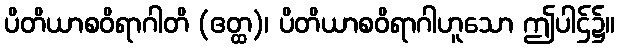
ပိတိယာစဝိရာဂါတိ (ဧတ္ထ)၊ ပိတိယာစဝိရာဂါဟူသော ဤပါဌ်၌။